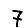
Digit: 7